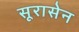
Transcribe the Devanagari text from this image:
सूरासेन